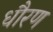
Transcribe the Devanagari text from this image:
धौरण